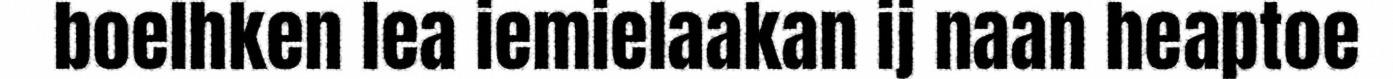
boelhken lea iemielaakan ij naan heaptoe